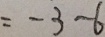
= - 3 - 6